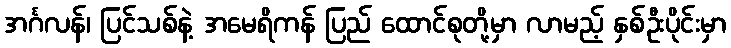
အင်္ဂလန်၊ ပြင်သစ်နဲ့ အမေရိကန် ပြည် ထောင်စုတို့မှာ လာမည့် နှစ်ဦးပိုင်းမှာ